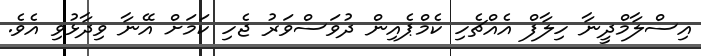
އިސްލާމްދީނާ ހިލާފް އެއްޗެހި ކެމްޕެއިން ދުވަސްވަރު ޖެހި ކަމަށް އޭނާ ވިދާޅުވި އެވެ.